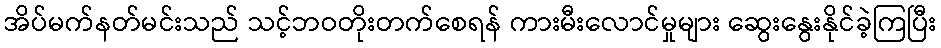
အိပ်မက်နတ်မင်းသည် သင့်ဘဝတိုးတက်စေရန် ကားမီးလောင်မှုများ ဆွေးနွေးနိုင်ခဲ့ကြပြီး